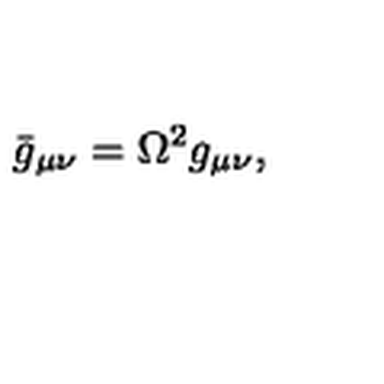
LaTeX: \bar { g } _ { \mu \nu } = \Omega ^ { 2 } g _ { \mu \nu } ,